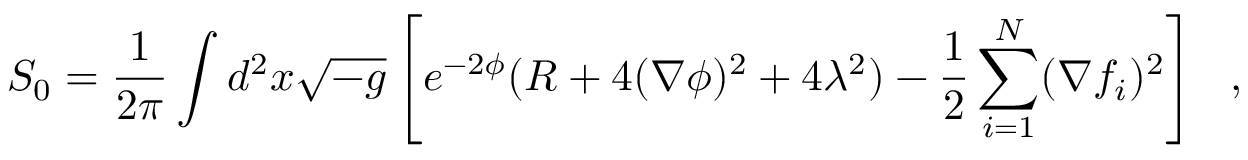
S _ { 0 } = { \frac { 1 } { 2 \pi } } \int d ^ { 2 } x \sqrt { - g } \left[ e ^ { - 2 \phi } ( R + 4 ( \nabla \phi ) ^ { 2 } + 4 \lambda ^ { 2 } ) - { \frac { 1 } { 2 } } \sum _ { i = 1 } ^ { N } ( \nabla f _ { i } ) ^ { 2 } \right] \ \ ,